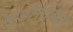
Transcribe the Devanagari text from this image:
घडीसारखा